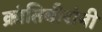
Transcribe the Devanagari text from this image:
क्रांतिवीरांनी